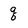
Character: q